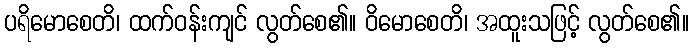
ပရိမောစေတိ၊ ထက်ဝန်းကျင် လွတ်စေ၏။ ဝိမောစေတိ၊ အထူးသဖြင့် လွတ်စေ၏။